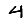
Digit: 4